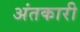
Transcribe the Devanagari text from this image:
अंतकारी